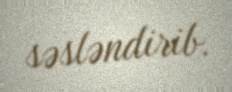
səsləndirib.